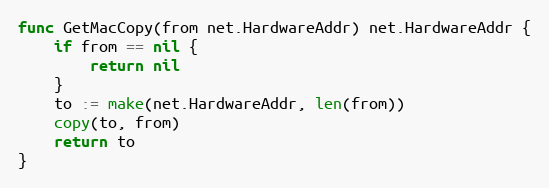
Language: Go
func GetMacCopy(from net.HardwareAddr) net.HardwareAddr {
	if from == nil {
		return nil
	}
	to := make(net.HardwareAddr, len(from))
	copy(to, from)
	return to
}